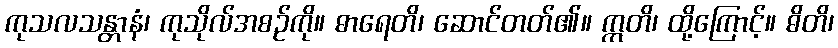
ကုသလသန္တာနံ၊ ကုသိုလ်အစဉ်ကို။ ဓာရေတိ၊ ဆောင်တတ်၏။ ဣတိ၊ ထို့ကြောင့်။ ဓိတိ၊